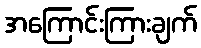
အကြောင်းကြားချက်